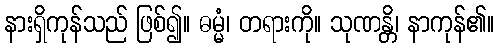
နားရှိကုန်သည် ဖြစ်၍။ ဓမ္မံ၊ တရားကို။ သုဏန္တိ၊ နာကုန်၏။